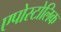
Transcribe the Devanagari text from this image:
एपोस्टोलिक